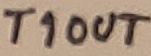
Text: T1OUT